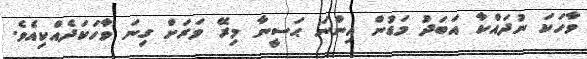
ވާހަކަ ނުދައްކާ އަބަދު މަޑުން އިންނަ ޙަސީނާ މިރޭ ވަރަށް ގިނަ ވާހަކަދެއްކިއެވެ.